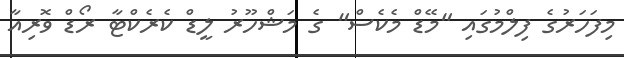
މިފަހަރުގެ ފިލްމުގައި "މޭޑް މެކެސް" ގެ މަޝްހޫރު ލީޑް ކެރެކްޓާ ރޯޑް ވޮރިއާ